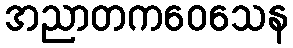
အညာတကဝေသေန